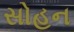
સોહન